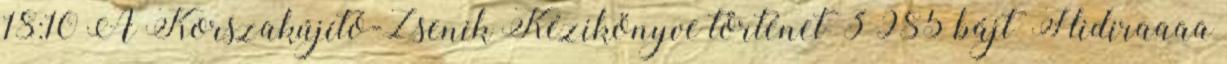
18:10 ‎A Korszakújító-Zsenik Kézikönyve történet ‎ 3 985 bájt ‎Hidiraaaa